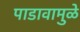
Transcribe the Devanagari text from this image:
पाडावामुळे